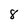
Character: 8